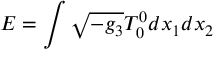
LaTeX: { \cal E } = \int \sqrt { - g _ { 3 } } T _ { 0 } ^ { 0 } d x _ { 1 } d x _ { 2 }